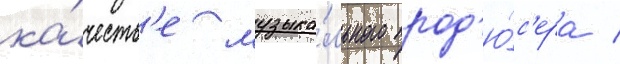
ка́честв'е музыка́льного прод'ю́с'ера /